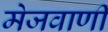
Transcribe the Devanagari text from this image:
मेजवाणी